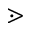
\gtrdot